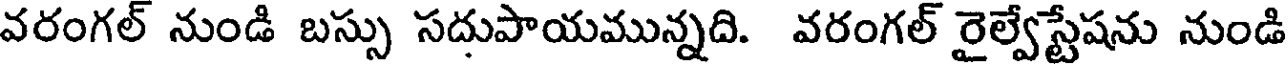
వరంగల్ నుండి బస్సు సదుపాయమున్నది. వరంగల్ రైల్వేస్టేషను నుండి